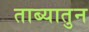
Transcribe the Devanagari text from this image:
ताब्यातुन